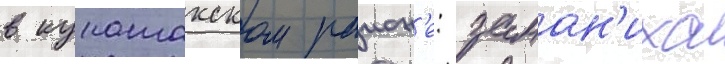
в кунашакском раион'е: заман'иха